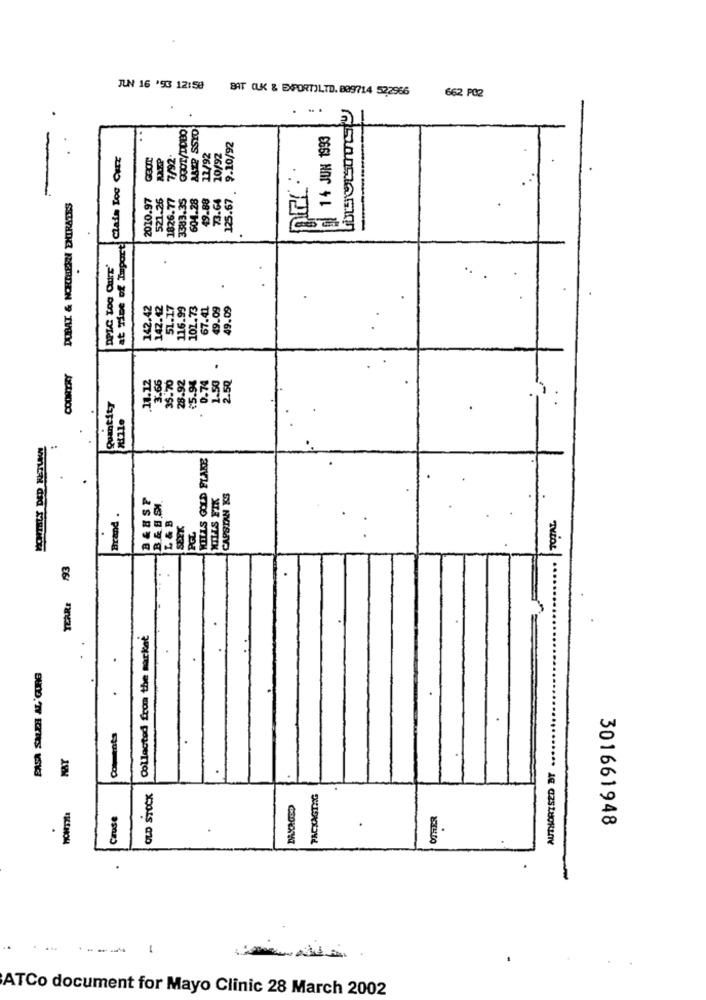
ILN 16 '93 12:59 BAT (LK & EXPORT)LTD. 809714 522966
662 PG2
...
AAZP SSYD
14 JUN 1993
9.10/92
Class Too Curz
7/92.
12/92
10/92
2010.97
521.26
1826.77
3383.35
604.28
49.88
73.64
125.67
DUBAI & NORTHERN EMIRATES
at Time of Import!
DPLC TOO CHIT'
..
.
142.42
142.42
51.17
116.99
101.73
67.41
49.09
49.09
.
COUNTRY
3.66
35.70
28.92
15.96
. 0.74
1.50
2.50
.11.12
Quantity
Mille
MILLS GOLD FLAKE
B&BST
KILLS FIK
CAPSIAN KS
Brand .
L & B
TOTAL
SEEK
PGL
193
TEARE
Collected from the market
.
AUTHORTSZD BT ..........
Comments
.
MAT
OLD STOCK
PACKAGING
Cruse
OTHER
301661948
ATCo document for Mayo Clinic 28 March 2002